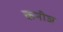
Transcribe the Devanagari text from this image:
कनीज